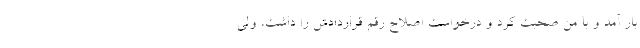
بار آمد و با من صحبت کرد و درخواست اصلاح رقم قراردادش را داشت، ولی